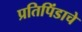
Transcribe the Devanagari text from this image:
प्रतिपिंडाचे